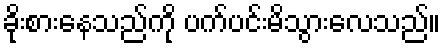
ခိုးစားနေသည်ကို ပက်ပင်းမိသွားလေသည်။